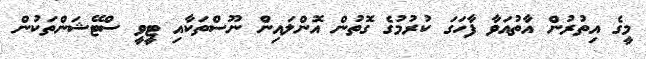
މީގެ އިތުރުން އާތުއަވާ ފާހަގަ ކުރުމުގެ ގޮތުން އޮންލައިން ނޫސްތަކާއި ޓީވީ ސްޓޭޝަންތަކުން